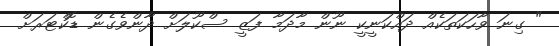
" ގިނަ ވާހަކަތަކެއް ދައްކަނީކީ ނޫން މާދަމާ ފަޒީ ސްކޫލަށް ދާންވެގެން ޑޮކްޓަރަށް